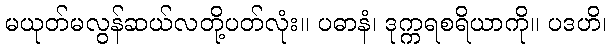
မယုတ်မလွန်ဆယ်လတို့ပတ်လုံး။ ပဓာနံ၊ ဒုက္ကရစရိယာကို။ ပဒဟိ၊